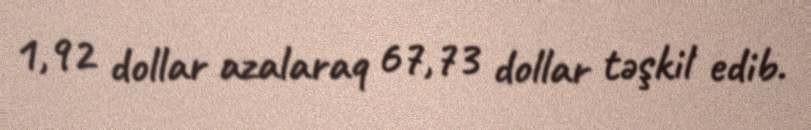
1,92 dollar azalaraq 67,73 dollar təşkil edib.